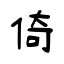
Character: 倚